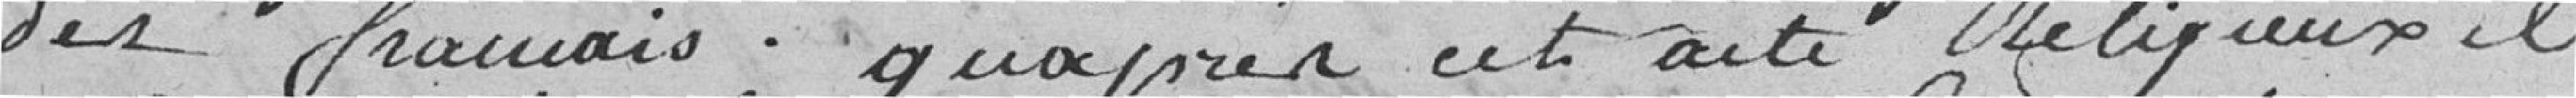
des français. Qu'après cet acte religieux il